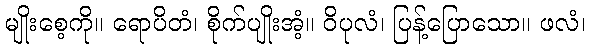
မျိုးစေ့ကို။ ရောပိတံ၊ စိုက်ပျိုးအံ့။ ဝိပုလံ၊ ပြန့်ပြောသော။ ဖလံ၊